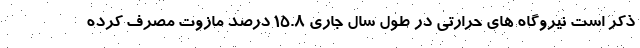
ذکر است نیروگاه های حرارتی در طول سال جاری 15.8 درصد مازوت مصرف کرده